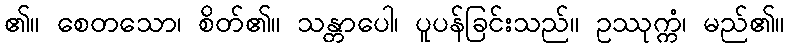
၏။ စေတသော၊ စိတ်၏။ သန္တာပေါ၊ ပူပန်ခြင်းသည်။ ဥဿုက္ကံ၊ မည်၏။